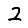
Digit: 2